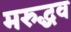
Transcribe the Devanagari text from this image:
मरुद्धव